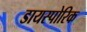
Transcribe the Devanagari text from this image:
डायस्पोरिक